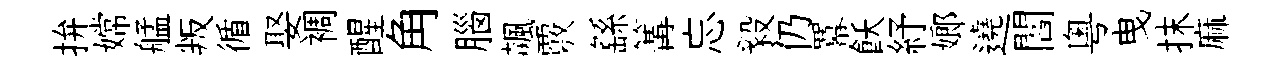
拚嫦艋叛循娶裯醒角腦飆覈繇篝忘毅仍羃飫紓嫏遶閻粵曳抹麻